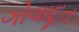
ગોવાદૂત